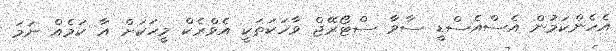
އެހެންކަމުން އެސްއެސްޑީ ސާވާ ސްޓޯރޭޖް ވާހަކަތަކީ އެވްރެކް މީހަކަށް އާ ކަމެއް ނަމަ